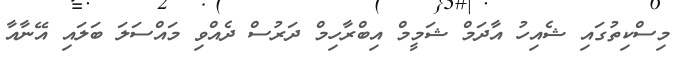
މިސްކިތުގައި ޝެއިހު އާދަމް ޝަމީމް އިބްރާހިމް ދަރުސް ދެއްވި މައްސަލަ ބަލައި އޭނާއާ